Source: Handwritten
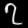
Digit: ၇ (7)